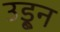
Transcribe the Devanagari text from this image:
उडू्न